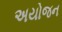
અયોજન